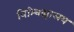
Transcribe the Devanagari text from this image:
विश्‍विद्यालय